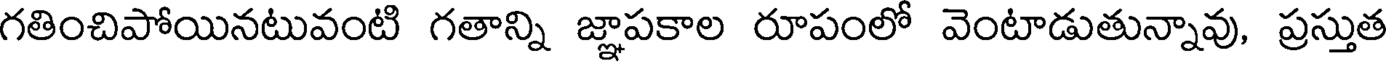
గతించిపోయినటువంటి గతాన్ని జ్ఞాపకాల రూపంలో వెంటాడుతున్నావు, ప్రస్తుత